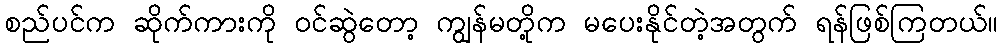
စည်ပင်က ဆိုက်ကားကို ဝင်ဆွဲတော့ ကျွန်မတို့က မပေးနိုင်တဲ့အတွက် ရန်ဖြစ်ကြတယ်။